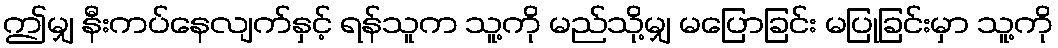
ဤမျှ နီးကပ်နေလျက်နှင့် ရန်သူက သူ့ကို မည်သို့မျှ မပြောခြင်း မပြုခြင်းမှာ သူ့ကို